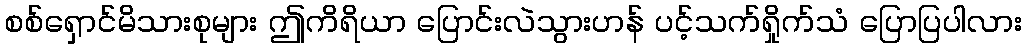
စစ်ရှောင်မိသားစုများ ဤကိရိယာ ပြောင်းလဲသွားဟန် ပင့်သက်ရှိုက်သံ ပြောပြပါလား